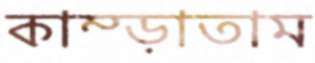
কাম্‌ড়াতাম